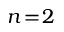
n \! = \! 2